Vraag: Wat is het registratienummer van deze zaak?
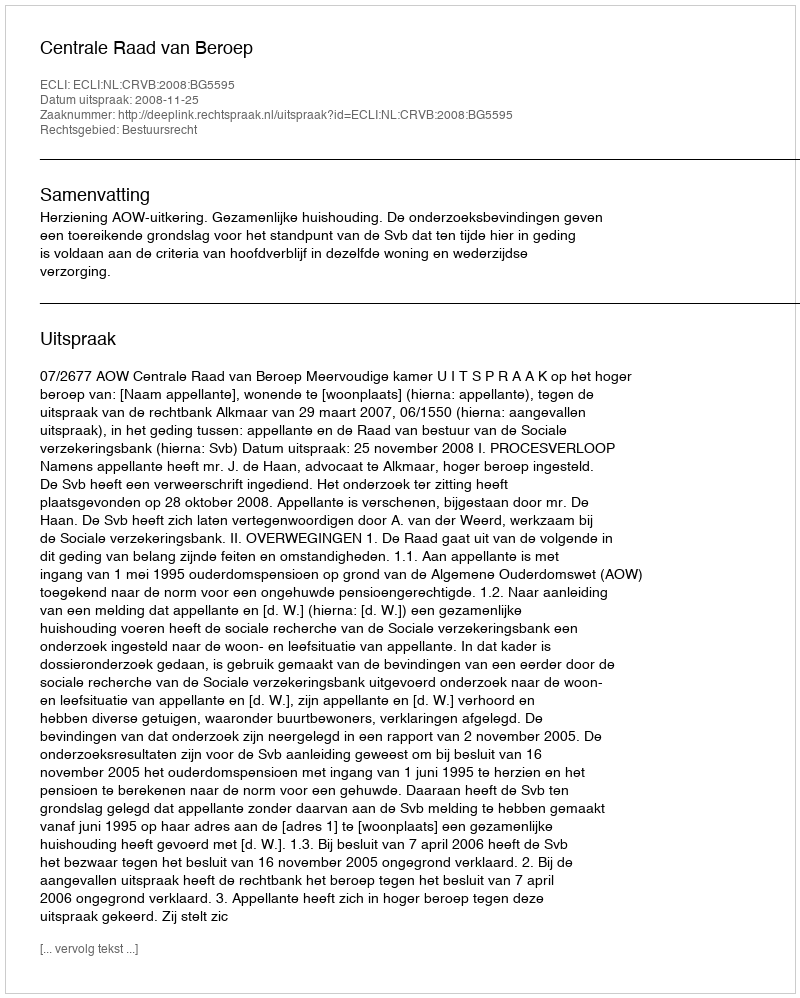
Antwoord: http://deeplink.rechtspraak.nl/uitspraak?id=ECLI:NL:CRVB:2008:BG5595